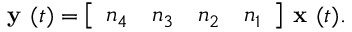
{ \textbf { y } } ( t ) = { \left[ \begin{array} { l l l l } { n _ { 4 } } & { n _ { 3 } } & { n _ { 2 } } & { n _ { 1 } } \end{array} \right] } { \textbf { x } } ( t ) .